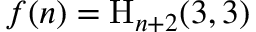
f ( n ) = { \mathrm { H } } _ { n + 2 } ( 3 , 3 )